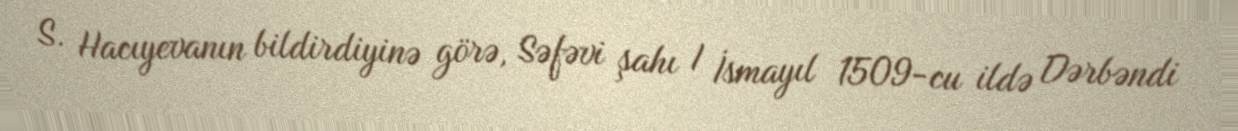
S. Hacıyevanın bildirdiyinə görə, Səfəvi şahı I İsmayıl 1509-cu ildə Dərbəndi